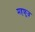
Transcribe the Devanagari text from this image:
महफ़ूज